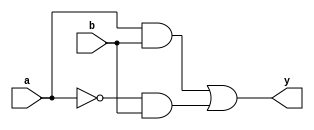
module combinational_logic (
    input wire a,           // Single-bit input
    input wire b,           // Single-bit input
    output reg y           // Single-bit output
);

// Always block for combinational logic
always @(*) begin
    // Combinational logic expression
    y = (a & b) | (~a & b); // Example: y = (a AND b) OR (NOT a AND b)
end

endmodule